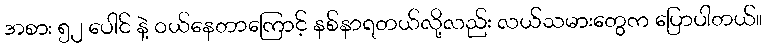
အစား ၅၂ ပေါင် နဲ့ ဝယ်နေတာကြောင့် နစ်နာရတယ်လို့လည်း လယ်သမားတွေက ပြောပါတယ်။